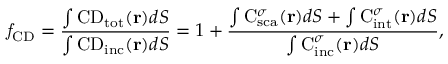
\mathit { f } _ { \mathrm { { C D } } } = \frac { \int { \mathrm { C D } } _ { \mathrm { { t o t } } } ( { \bf r } ) d S } { \int { \mathrm { C D } } _ { \mathrm { { i n c } } } ( { \bf r } ) d S } = 1 + \frac { \int { \mathrm { C } } _ { \mathrm { { s c a } } } ^ { \sigma } ( { \bf r } ) d S + \int { \mathrm { C } } _ { \mathrm { { i n t } } } ^ { \sigma } ( { \bf r } ) d S } { \int { \mathrm { C } } _ { \mathrm { { i n c } } } ^ { \sigma } ( { \bf r } ) d S } ,